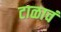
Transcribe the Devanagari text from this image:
टाळावं